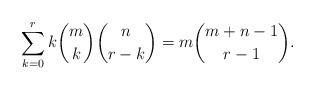
\begin{align*} \begin{aligned} \sum_{k=0}^{r}{k{m \choose k}{n \choose r-k}} = m {m+n-1 \choose r-1}. \end{aligned} \end{align*}